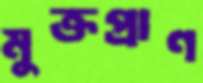
মুক্তপ্রাণ